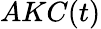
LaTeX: AKC(t)